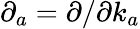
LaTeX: \partial_{a}=\partial/\partial k_{a}